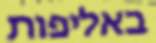
באליפות